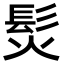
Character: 𩬊